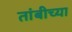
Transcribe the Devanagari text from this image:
तांबीच्या